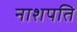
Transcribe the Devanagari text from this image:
नाशपति